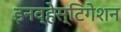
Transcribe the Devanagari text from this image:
इनव्हेस्टिगेशन